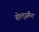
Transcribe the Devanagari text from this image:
बोल्ट्समैन